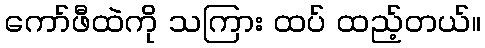
ကော်ဖီထဲကို သကြား ထပ် ထည့်တယ်။